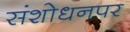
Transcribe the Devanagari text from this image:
संशाेधनपर